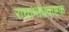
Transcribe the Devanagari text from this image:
राधामाधवाष्टक